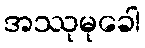
အဿုမုခေါ